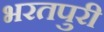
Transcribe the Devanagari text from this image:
भरतपुरी